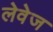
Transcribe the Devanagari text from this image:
लेवेज